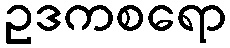
ဥဒကစရော